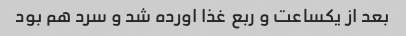
بعد از یکساعت و ربع غذا اورده شد و سرد هم بود